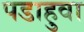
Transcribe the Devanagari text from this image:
पडाहुवा